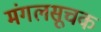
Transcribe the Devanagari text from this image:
मंगलसूचक